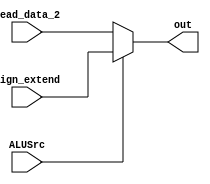
`timescale 1ns / 1ps
//////////////////////////////////////////////////////////////////////////////////
// Company: 
// Engineer: 
// 
// Design Name: 
// Module Name: Mux2
// Project Name: 
// Target Devices: 
// Tool Versions: 
// Description: 
// 
// Dependencies: 
// 
// Revision:
// Revision 0.01 - File Created
// Additional Comments:
// 
//////////////////////////////////////////////////////////////////////////////////


module Mux2(input ALUSrc,input [31:0] Read_data_2,input [31:0] Sign_extend,output reg [31:0] out);
always@(ALUSrc or Read_data_2 or Sign_extend)begin
if(ALUSrc == 0)out <= Read_data_2;
else out <= Sign_extend;
end
endmodule